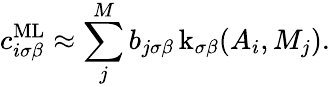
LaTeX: c_{i\sigma\beta}^{\textrm{ML}}\approx\sum_{j}^{M}b_{j\sigma\beta}\operatorname{k}_{\sigma\beta}(A_{i},M_{j}).